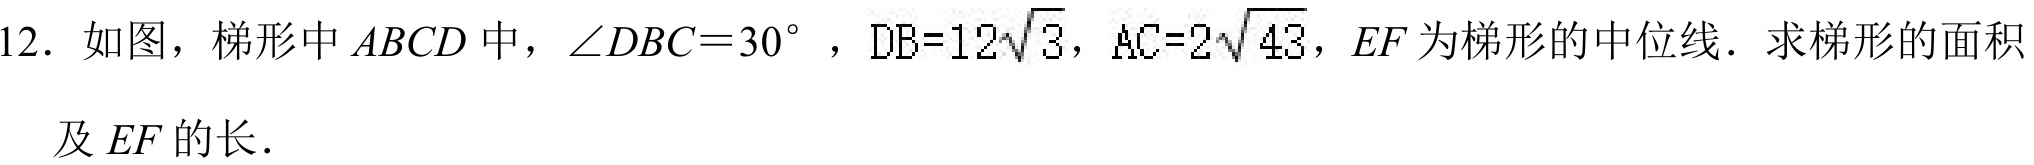
12. 如图，梯形中\(ABCD\)中，\(\angle DBC = 30^{\circ}\)，\(DB = 12\sqrt{3}\)，\(AC = 2\sqrt{43}\)，\(EF\)为梯形的中位线．求梯形的面积及\(EF\)的长．